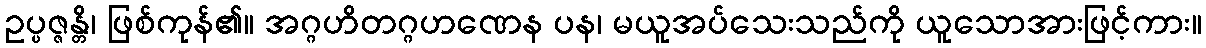
ဥပ္ပဇ္ဇန္တိ၊ ဖြစ်ကုန်၏။ အဂ္ဂဟိတဂ္ဂဟဏေန ပန၊ မယူအပ်သေးသည်ကို ယူသောအားဖြင့်ကား။